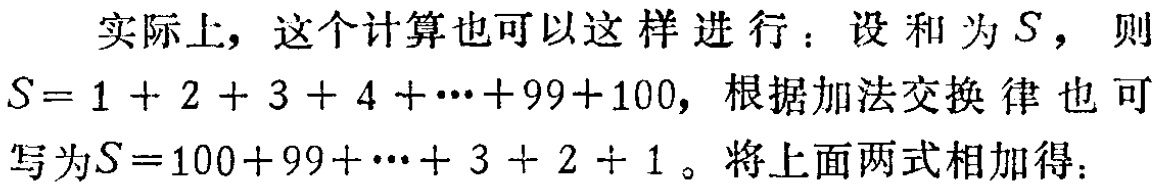
实际上，这个计算也可以这样进行：设和为\(S\)，则\(S = 1 + 2 + 3 + 4 + \cdots + 99 + 100\)，根据加法交换律也可写为\(S = 100 + 99 + \cdots + 3 + 2 + 1\)。将上面两式相加得：